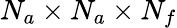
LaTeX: N_{a}\times N_{a}\times N_{f}